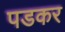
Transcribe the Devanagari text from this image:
पडकर